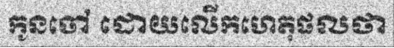
កូនចៅ ដោយលើកហេតុផលថា